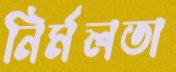
নির্মলতা